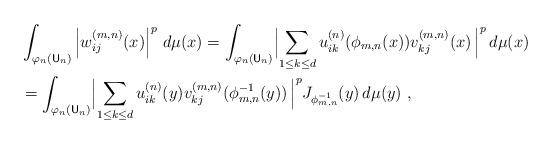
LaTeX: \begin{align*}&\int_{\varphi_n(\mathsf{U}_n)}\left|w_{ij}^{(m,n)}(x)\right|^p \,d\mu(x)=\int_{\varphi_n(\mathsf{U}_n)}\Bigl|\sum_{1\leq k\leq d} u_{ik}^{(n)}(\phi_{m,n}(x))v_{kj}^{(m,n)}(x) \, \Bigr|^p \,d\mu(x)\\&=\int_{\varphi_n(\mathsf{U}_n)}\Bigl|\sum_{1\leq k\leq d} u_{ik}^{(n)}(y)v_{kj}^{(m,n)}(\phi_{m,n}^{-1}(y)) \, \Bigr|^p J_{\phi_{m,n}^{-1}}(y) \,d\mu(y) \ ,\end{align*}